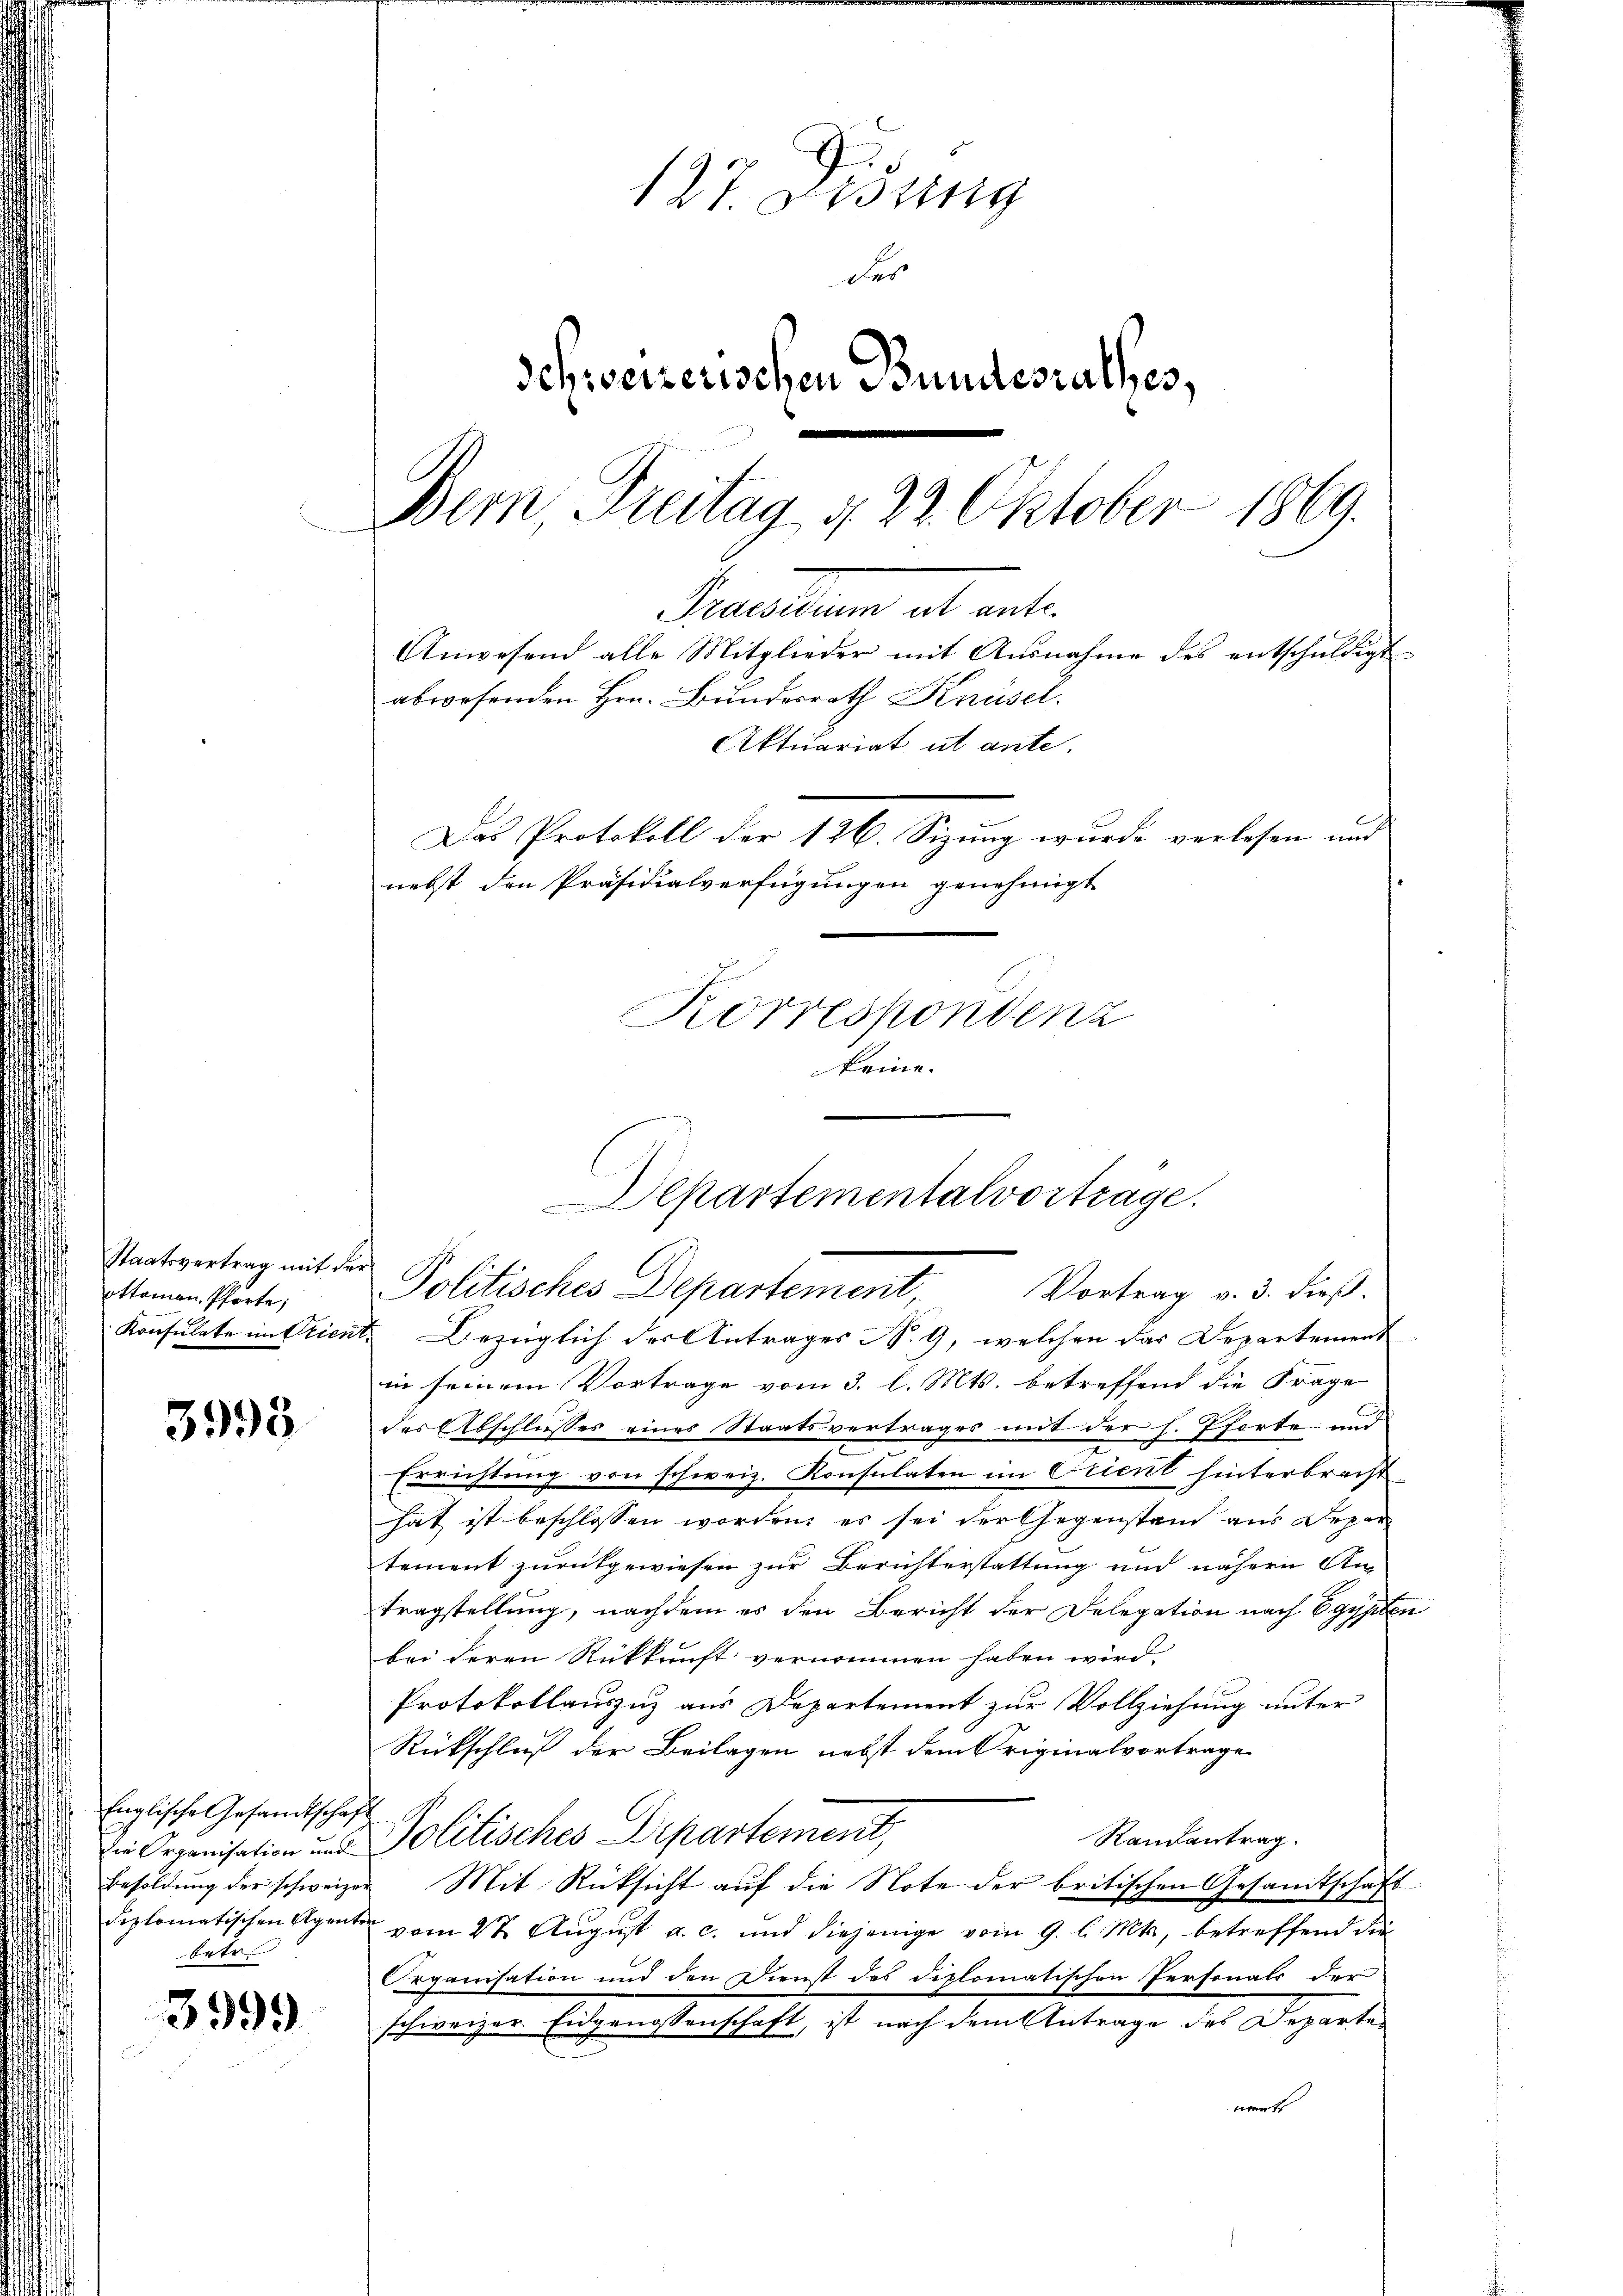
Staatsvertrag mit der
ottonen, Pförte;

3995

Englische Gesandtschaft
Ertr

3999

127. Sessing
des
Schweizerischen Bundesrathes,
Bern, Freitag d. 22. Oktober 1869.
Preellen ab ent¬
Anwesend alle Mitglieder mit Ausnahme des entschuldigt
abwesenden Hrn. Bundesrath Knüsel.
Aktuariat ut ante.
Das Protokoll der 126. Sizung wurde verlesen und
nebst den Präsidialverfügungen genehmigt
Korrespondenz
keine.

Departementalvortrage.
Politisches Departement, Vortrag v. 3. dieß.

Konsulate im Trient. Bezüglich der Antrages N. 9, welchen das Departement
in seinem Vortrage vom 3. l. Mts. betreffend die Frage
des Abschlusses eines Staatsvertrages mit der h. Pforte und
Errichtung von schweiz. Konsulaten im Ciient hinterbracht
hat ist beschlossen worden, es sei der Gegenstand aus Depar
tement zurückgewiesen zur Berichterstattung und nähern An-
tragstellung, nachdem es den Bericht der Delegation nach Egypten
bei deren Rückkunft vernommen haben wird.
Protokollauszuz aus Departement zur Vollziehung unter
Rückschluß der Beilagen nebst dem Originalvortrage
Randantrag.
ie Organisation und Politisches Departement,
Besoldŭng der schweizer Mit Rücksicht auf die Note der britischen Gesandtschaft
diplomatischen Agente vom 27. Aŭgŭst a. c. und diejenige vom 9. l. Mts., betreffend die
Organisation und den Dienst des diplomatischen Personals der
schweizer. Eidgenossenschaft, ist nach dem Antrage des Departe
werst